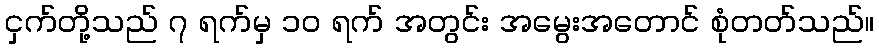
ငှက်တို့သည် ၇ ရက်မှ ၁၀ ရက် အတွင်း အမွေးအတောင် စုံတတ်သည်။